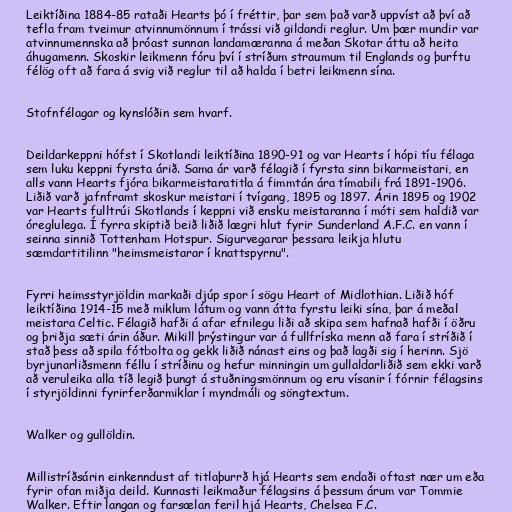
Leiktíðina 1884-85 rataði Hearts þó í fréttir, þar sem það varð uppvíst að því að
tefla fram tveimur atvinnumönnum í trássi við gildandi reglur. Um þær mundir var
atvinnumennska að þróast sunnan landamæranna á meðan Skotar áttu að heita
áhugamenn. Skoskir leikmenn fóru því í stríðum straumum til Englands og þurftu
félög oft að fara á svig við reglur til að halda í betri leikmenn sína.

Stofnfélagar og kynslóðin sem hvarf.

Deildarkeppni hófst í Skotlandi leiktíðina 1890-91 og var Hearts í hópi tíu félaga
sem luku keppni fyrsta árið. Sama ár varð félagið í fyrsta sinn bikarmeistari, en
alls vann Hearts fjóra bikarmeistaratitla á fimmtán ára tímabili frá 1891-1906.
Liðið varð jafnframt skoskur meistari í tvígang, 1895 og 1897. Árin 1895 og 1902
var Hearts fulltrúi Skotlands í keppni við ensku meistaranna í móti sem haldið var
óreglulega. Í fyrra skiptið beið liðið lægri hlut fyrir Sunderland A.F.C. en vann í
seinna sinnið Tottenham Hotspur. Sigurvegarar þessara leikja hlutu
sæmdartitilinn "heimsmeistarar í knattspyrnu".

Fyrri heimsstyrjöldin markaði djúp spor í sögu Heart of Midlothian. Liðið hóf
leiktíðina 1914-15 með miklum látum og vann átta fyrstu leiki sína, þar á meðal
meistara Celtic. Félagið hafði á afar efnilegu liði að skipa sem hafnað hafði í öðru
og þriðja sæti árin áður. Mikill þrýstingur var á fullfríska menn að fara í stríðið í
stað þess að spila fótbolta og gekk liðið nánast eins og það lagði sig í herinn. Sjö
byrjunarliðsmenn féllu í stríðinu og hefur minningin um gullaldarliðið sem ekki varð
að veruleika alla tíð legið þungt á stuðningsmönnum og eru vísanir í fórnir félagsins
í styrjöldinni fyrirferðarmiklar í myndmáli og söngtextum.

Walker og gullöldin.

Millistríðsárin einkenndust af titlaþurrð hjá Hearts sem endaði oftast nær um eða
fyrir ofan miðja deild. Kunnasti leikmaður félagsins á þessum árum var Tommie
Walker. Eftir langan og farsælan feril hjá Hearts, Chelsea F.C.